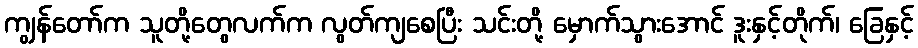
ကျွန်တော်က သူတို့တွေလက်က လွတ်ကျစေပြီး သင်းတို့ မှောက်သွားအောင် ဒူးနှင့်တိုက်၊ ခြေနှင့်